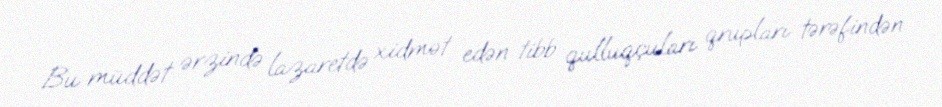
Bu müddət ərzində lazaretdə xidmət edən tibb qulluqçuları qrupları tərəfindən